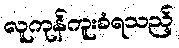
လူကုန်ကူးခံရသည့်